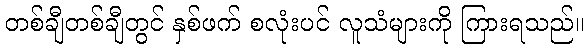
တစ်ချီတစ်ချီတွင် နှစ်ဖက် စလုံးပင် လူသံများကို ကြားရသည်။